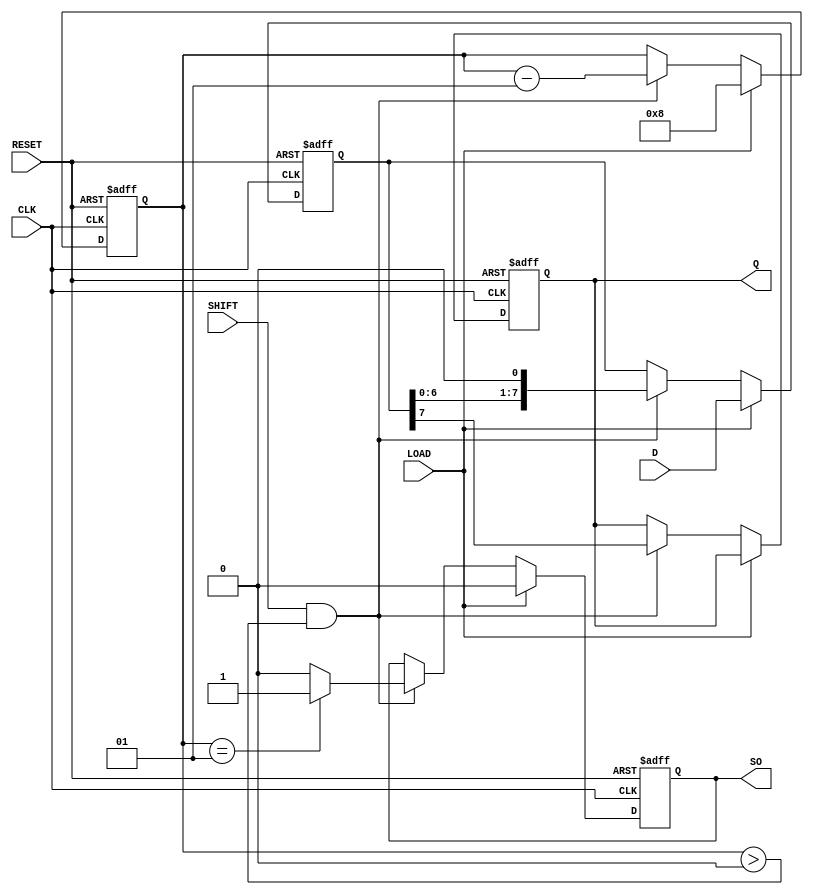
module piso_register #(
    parameter WIDTH = 8  // Define the width of the register
)(
    input wire [WIDTH-1:0] D,      // Data inputs
    input wire LOAD,                // Load control signal
    input wire SHIFT,               // Shift control signal
    input wire CLK,                 // Clock signal
    input wire RESET,               // Asynchronous reset signal
    output reg Q,                   // Serial output
    output reg SO                   // Shifted out indicator
);

    reg [WIDTH-1:0] shift_reg;      // Internal register to hold the data
    integer bit_count;               // Counter for shifted bits

    // Asynchronous reset and loading of data
    always @(posedge CLK or posedge RESET) begin
        if (RESET) begin
            shift_reg <= 0;          // Clear the register on reset
            Q <= 0;
            SO <= 0;
            bit_count <= WIDTH;      // Reset bit count to WIDTH
        end else if (LOAD) begin
            shift_reg <= D;          // Load data into the register
            bit_count <= WIDTH;      // Reset bit count on load
            SO <= 0;                 // Reset shifted out indicator
        end else if (SHIFT && bit_count > 0) begin
            Q <= shift_reg[WIDTH-1]; // Shift out the MSB
            shift_reg <= shift_reg << 1; // Shift left
            bit_count <= bit_count - 1; // Decrement bit count
            SO <= (bit_count == 1) ? 1 : 0; // Set SO when last bit is shifted
        end
    end

endmodule